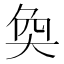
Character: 奐